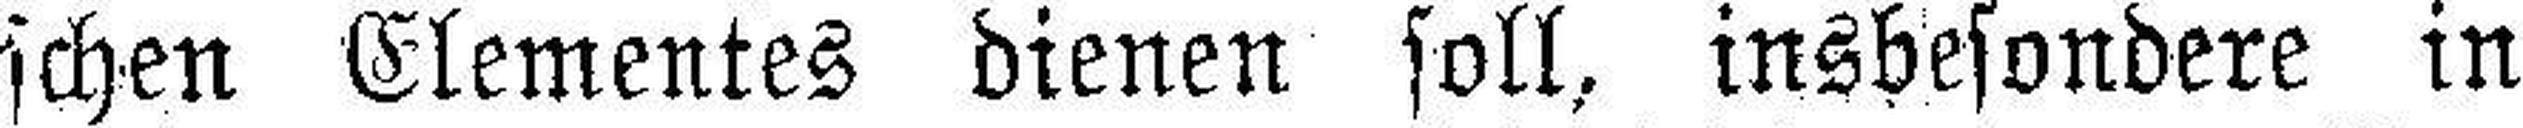
schen Elementes dienen soll, insbesondere in